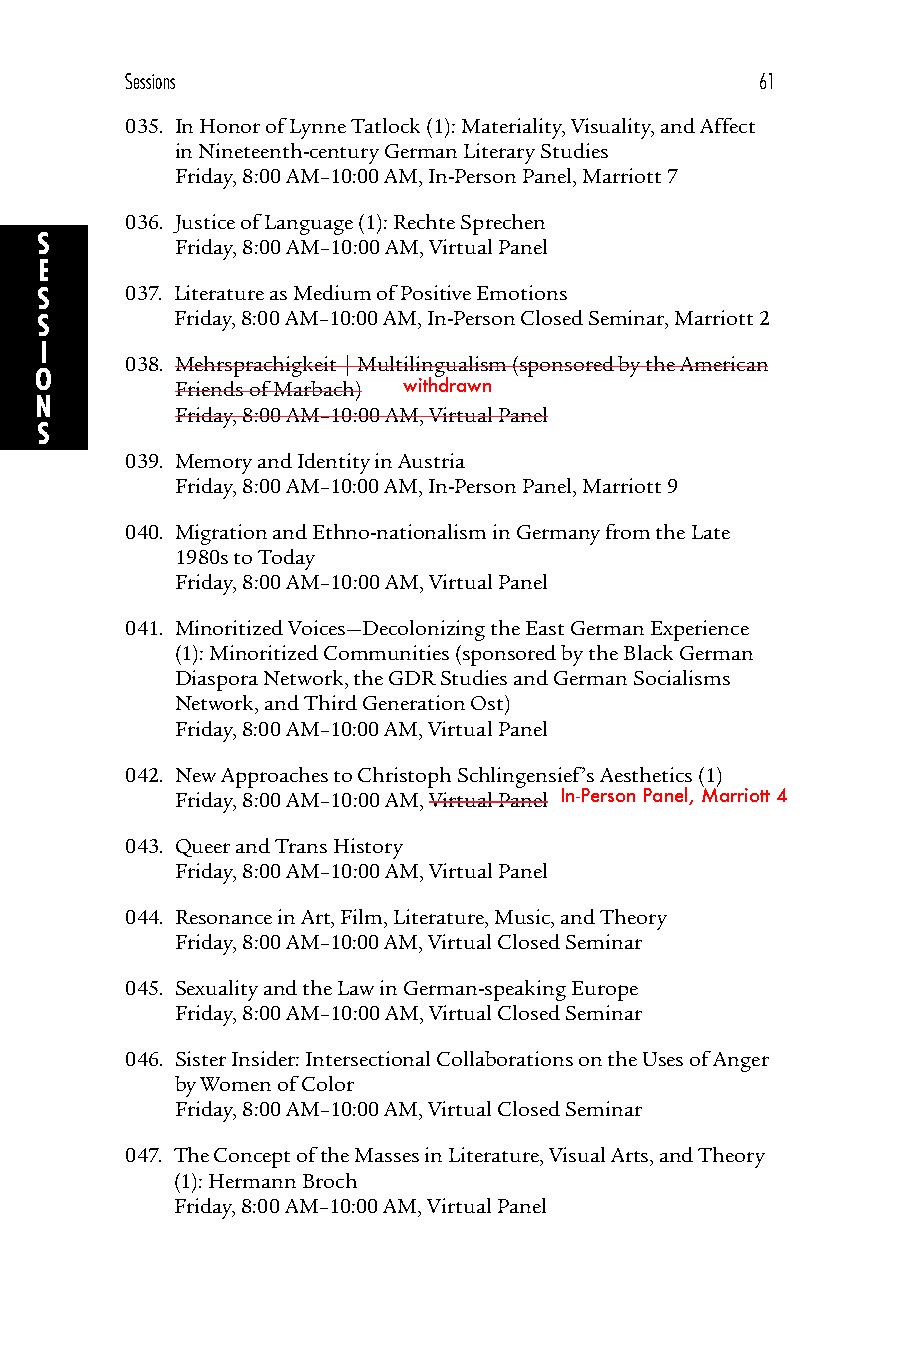
Sessions                                  61
 035. In Honor of Lynne Tatlock (1): Materiality, Visuality, and Affect
 in Nineteenth-century German Literary Studies
 Friday, 8:00 AM–10:00 AM, In-Person Panel, Marriott 7
 036. Justice of Language (1): Rechte Sprechen
 S         Friday, 8:00 AM–10:00 AM, Virtual Panel
 E
 S     037. Literature as Medium of Positive Emotions
 S        Friday, 8:00 AM–10:00 AM, In-Person Closed Seminar, Marriott 2
 I
 038. Mehrsprachigkeit | Multilingualism (sponsored by the American
 O
 Friends of Marbach) withdrawn
 N
 Friday, 8:00 AM–10:00 AM, Virtual Panel
 S
 039. Memory and Identity in Austria
 Friday, 8:00 AM–10:00 AM, In-Person Panel, Marriott 9
 040. Migration and Ethno-nationalism in Germany from the Late
 1980s to Today
 Friday, 8:00 AM–10:00 AM, Virtual Panel
 041. Minoritized Voices—Decolonizing the East German Experience
 (1): Minoritized Communities (sponsored by the Black German
 Diaspora Network, the GDR Studies and German Socialisms
 Network, and Third Generation Ost)
 Friday, 8:00 AM–10:00 AM, Virtual Panel
 042. New Approaches to Christoph Schlingensief’s Aesthetics (1)
 Friday, 8:00 AM–10:00 AM, Virtual Panel In-Person Panel, Marriott 4
 043. Queer and Trans History
 Friday, 8:00 AM–10:00 AM, Virtual Panel
 044. Resonance in Art, Film, Literature, Music, and Theory
 Friday, 8:00 AM–10:00 AM, Virtual Closed Seminar
 045. Sexuality and the Law in German-speaking Europe
 Friday, 8:00 AM–10:00 AM, Virtual Closed Seminar
 046. Sister Insider: Intersectional Collaborations on the Uses of Anger
 by Women of Color
 Friday, 8:00 AM–10:00 AM, Virtual Closed Seminar
 047. The Concept of the Masses in Literature, Visual Arts, and Theory
 (1): Hermann Broch
 Friday, 8:00 AM–10:00 AM, Virtual Panel